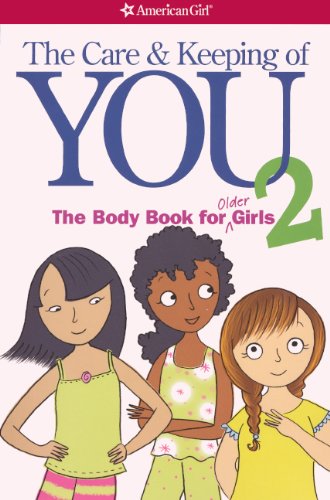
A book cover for The Care And Keeping Of You 2: The Body Book For Older Girls (Turtleback School & Library Binding Edition); Cara Natterson; Teen & Young Adult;